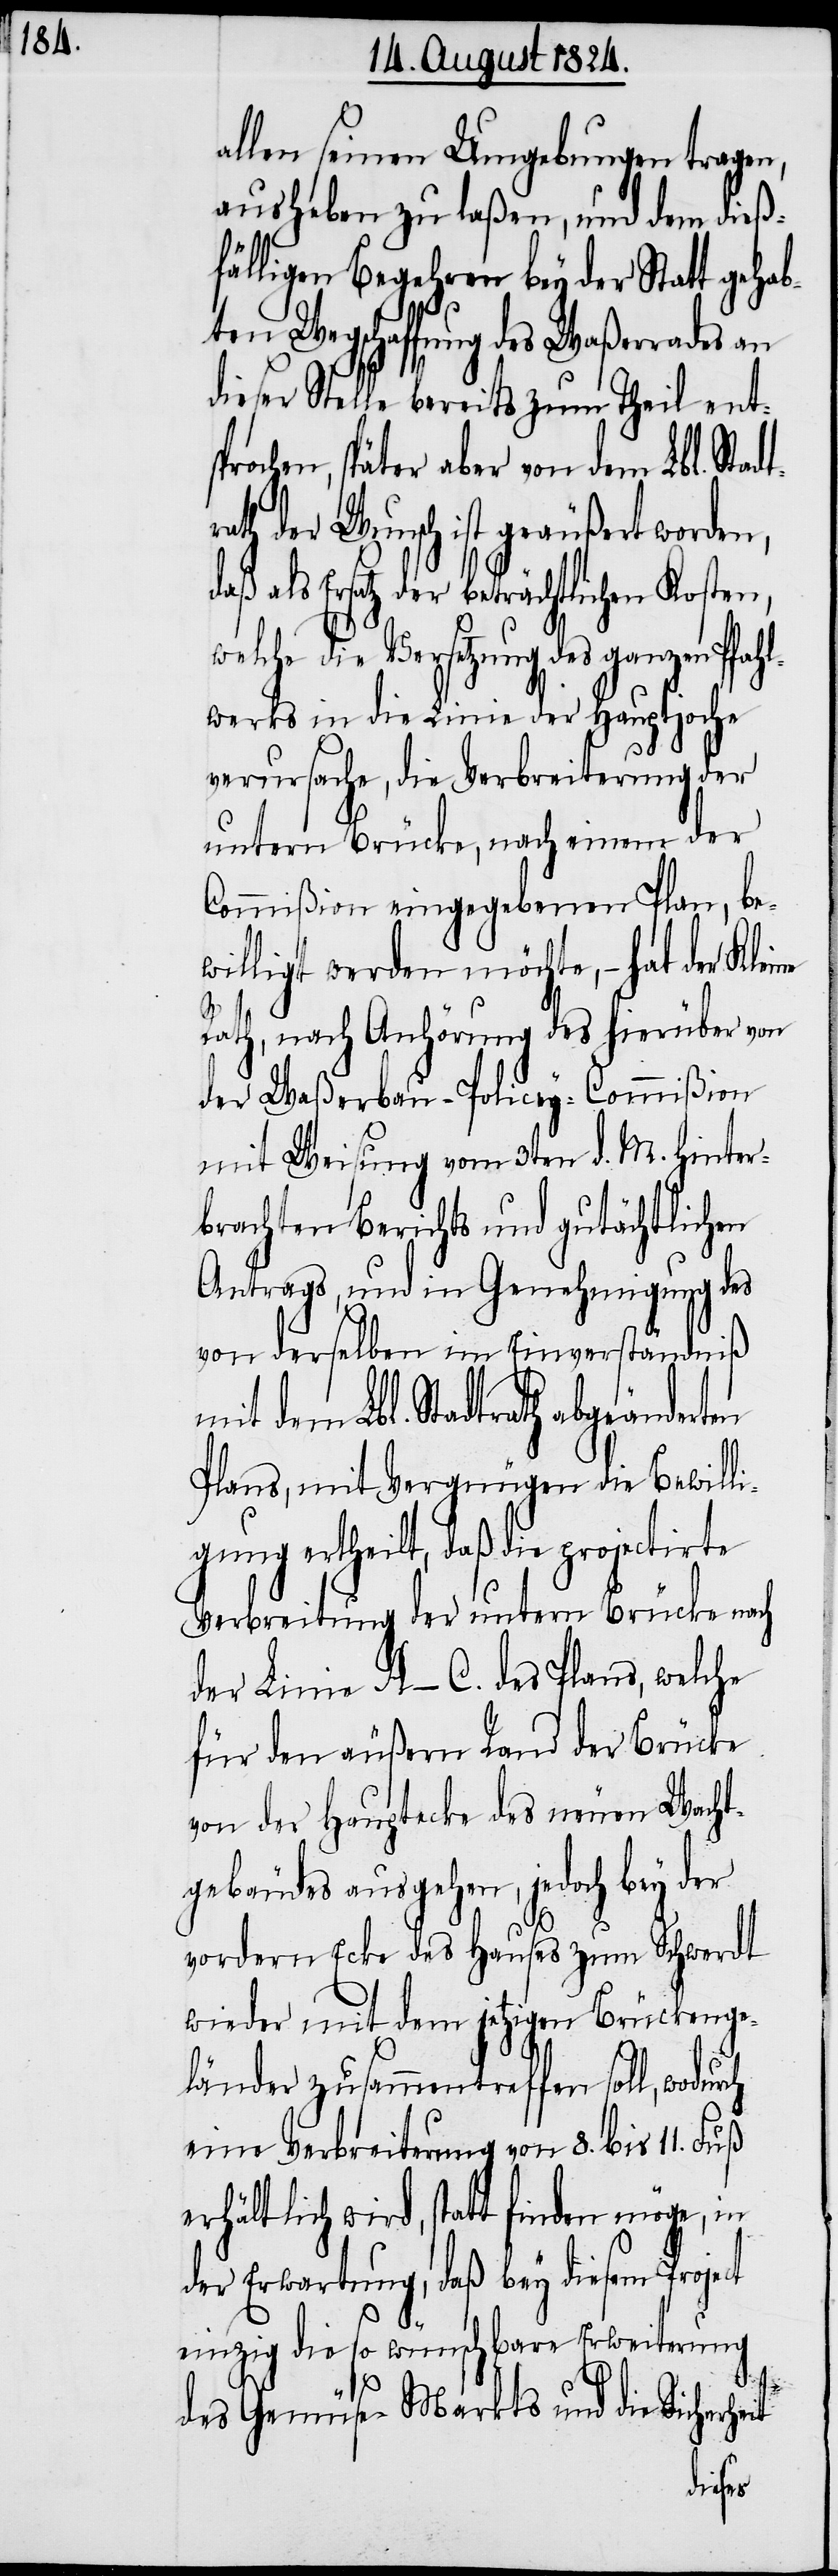
allen seinen Umgebungen tragen,
ausheben zu laßen, und dem dieß¬
fälligen Begehren bey der Statt gehab¬
it
ten Wegschaffung des Waßerrades an
dieser Stelle bereits zum Theil ents¬
prochen, später aber von dem Lbl. Sta¬
ath der Wunsch ist geäußert worden,
daß als Ersatz der beträchtlichen Kosten,
Versetzung des ganzen Pfah¬
lwerks in die Linie der Hauptjoche
verursache, die Verbreiterung der
untern Brücke, nach einem der
Commißion eingegebenen Plan, be¬
willigt werden möchte, – hat der Kleine
Rath, nach Anhörung des hierüber von
mit Weisung vom 3ten d. M. hinter¬
brachten Berichts und gutächtlichen
Antrags, und in Genehmigung des
von derselben im Einverständniß
dem Lbl. Stadtrah abgeänderten
Plans, mit Vergnügen die Bewilli¬
gung ertheilt, daß die projectirte
Verbreitung der untern Brücke nach
der Linie A–C. des Plans, welche
für den äußern Rand der Brücke
von der Haptecke des neuen Wacht¬
gebäudes ausgehen, jedoch bey der
vordern Ecke des Hauses zum Schwerdt
wieder mit dem jetzigen Brückenge¬
länder zusammentreffen soll, wodurch
eine Verbreiterung von 8. bis 11. Fuß
erhältlich wird, statt bey diesem
einzig die so wünschbare Erweiterung
dtr¬
des Gemüse-Markts und die Sicherhe¬
der